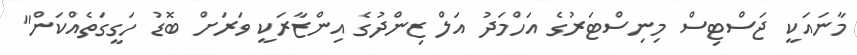
މާނައަކީ ޖަސްޓިސް މިނިސްޓަރުގެ އަހްމަދު އަލް ޒިންދުގެ އިންޒާރަކީ ވަރަށް ބޮޑު ހަގީގަތެއްކަން"